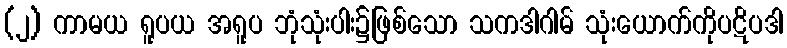
(၂) ကာမယ ရူပယ အရူပ ဘုံသုံးပါး၌ဖြစ်သော သကဒါဂါမ် သုံးယောက်ကိုပဋိပဒါ